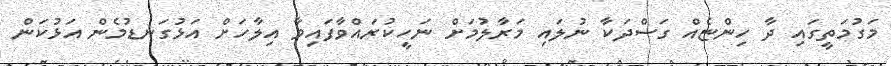
މަގުމަތީގައި ދާ ހިންޏެއް ގަސްދަކާ ނުލައި މަރާލުމަށް ނަހީކުރައްވާފައިވާ އިލާހަށް އަޅުގަނޑުމެން އަޅުކަން